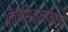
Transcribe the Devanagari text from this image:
ऑक्सिजनामध्ये